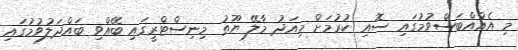
މި އެއްއްބަސްވުމުގައި ސޮއި ކުރުމަށް މިއަދު މާލޭ ޔޫތު މިނިސްޓްރީގައި ބޭއްވި ބައްދަލުވުމުގައި